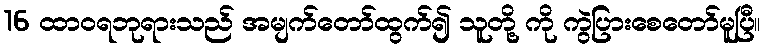
16 ထာဝရဘုရားသည် အမျက်တော်ထွက်၍ သူတို့ ကို ကွဲပြားစေတော်မူပြီ။